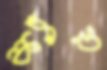
ক্যাঁয়